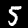
Digit: 5